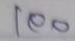
100